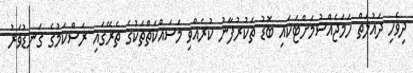
ދިވެހި ދައުލަތް ހަމަޖެއްސުމަށްޓަކައި ބޮޑު ތަކުރުފާނު ކުރެއްވި މަސައްކަތްތަކުގެ ތެރޭގައި ރަސްކަމުގެ ގަނޑުވަރު